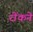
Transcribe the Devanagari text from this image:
रोंकने